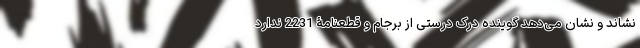
‌نشاند و نشان می‌دهد گوینده درک درستی از برجام و قطعنامۀ 2231 ندارد